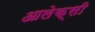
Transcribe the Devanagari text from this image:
आलेक्सी